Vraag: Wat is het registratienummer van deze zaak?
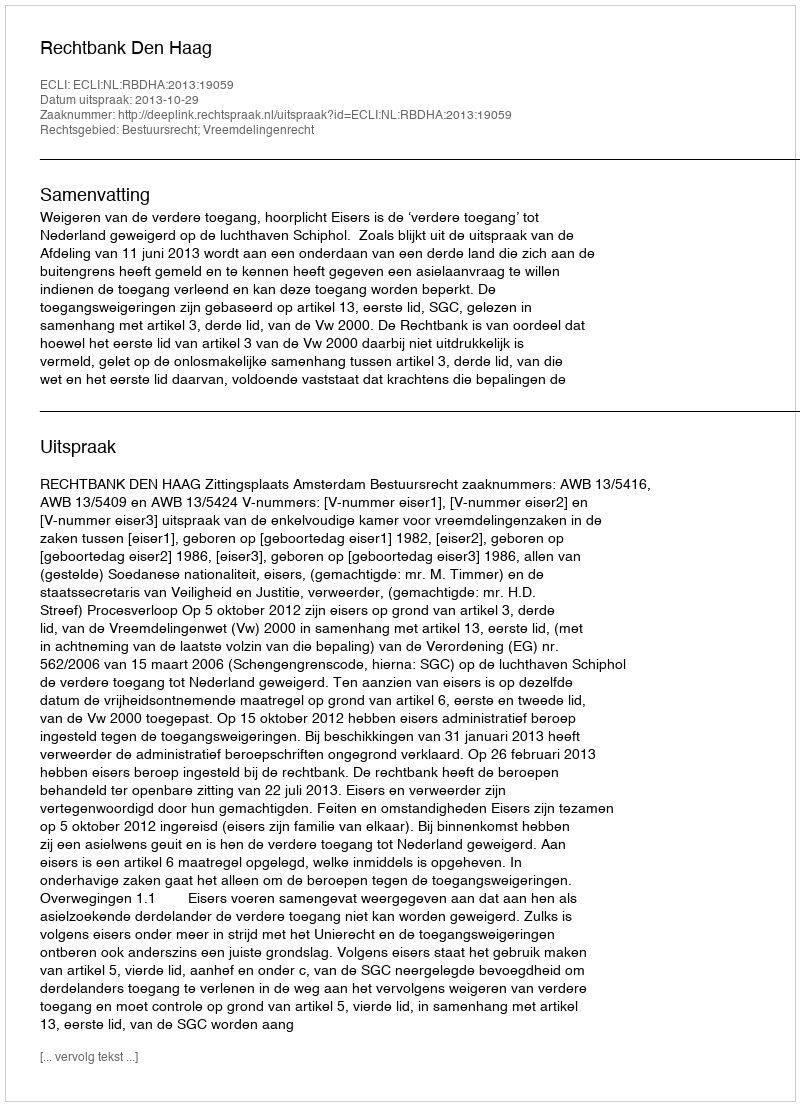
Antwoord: http://deeplink.rechtspraak.nl/uitspraak?id=ECLI:NL:RBDHA:2013:19059